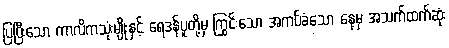
ပြပြီးသော ကာလိကသုံးမျိုးနှင့် ရေဒန်ပူတို့မှ ကြွင်းသော အကပ်ခံသော နေ့မှ အသက်ထက်ဆုံး